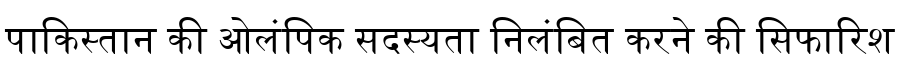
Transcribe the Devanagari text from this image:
पाकिस्तान की ओलंपिक सदस्यता निलंबित करने की सिफारिश